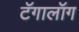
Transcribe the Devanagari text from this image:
टॅगालॉग